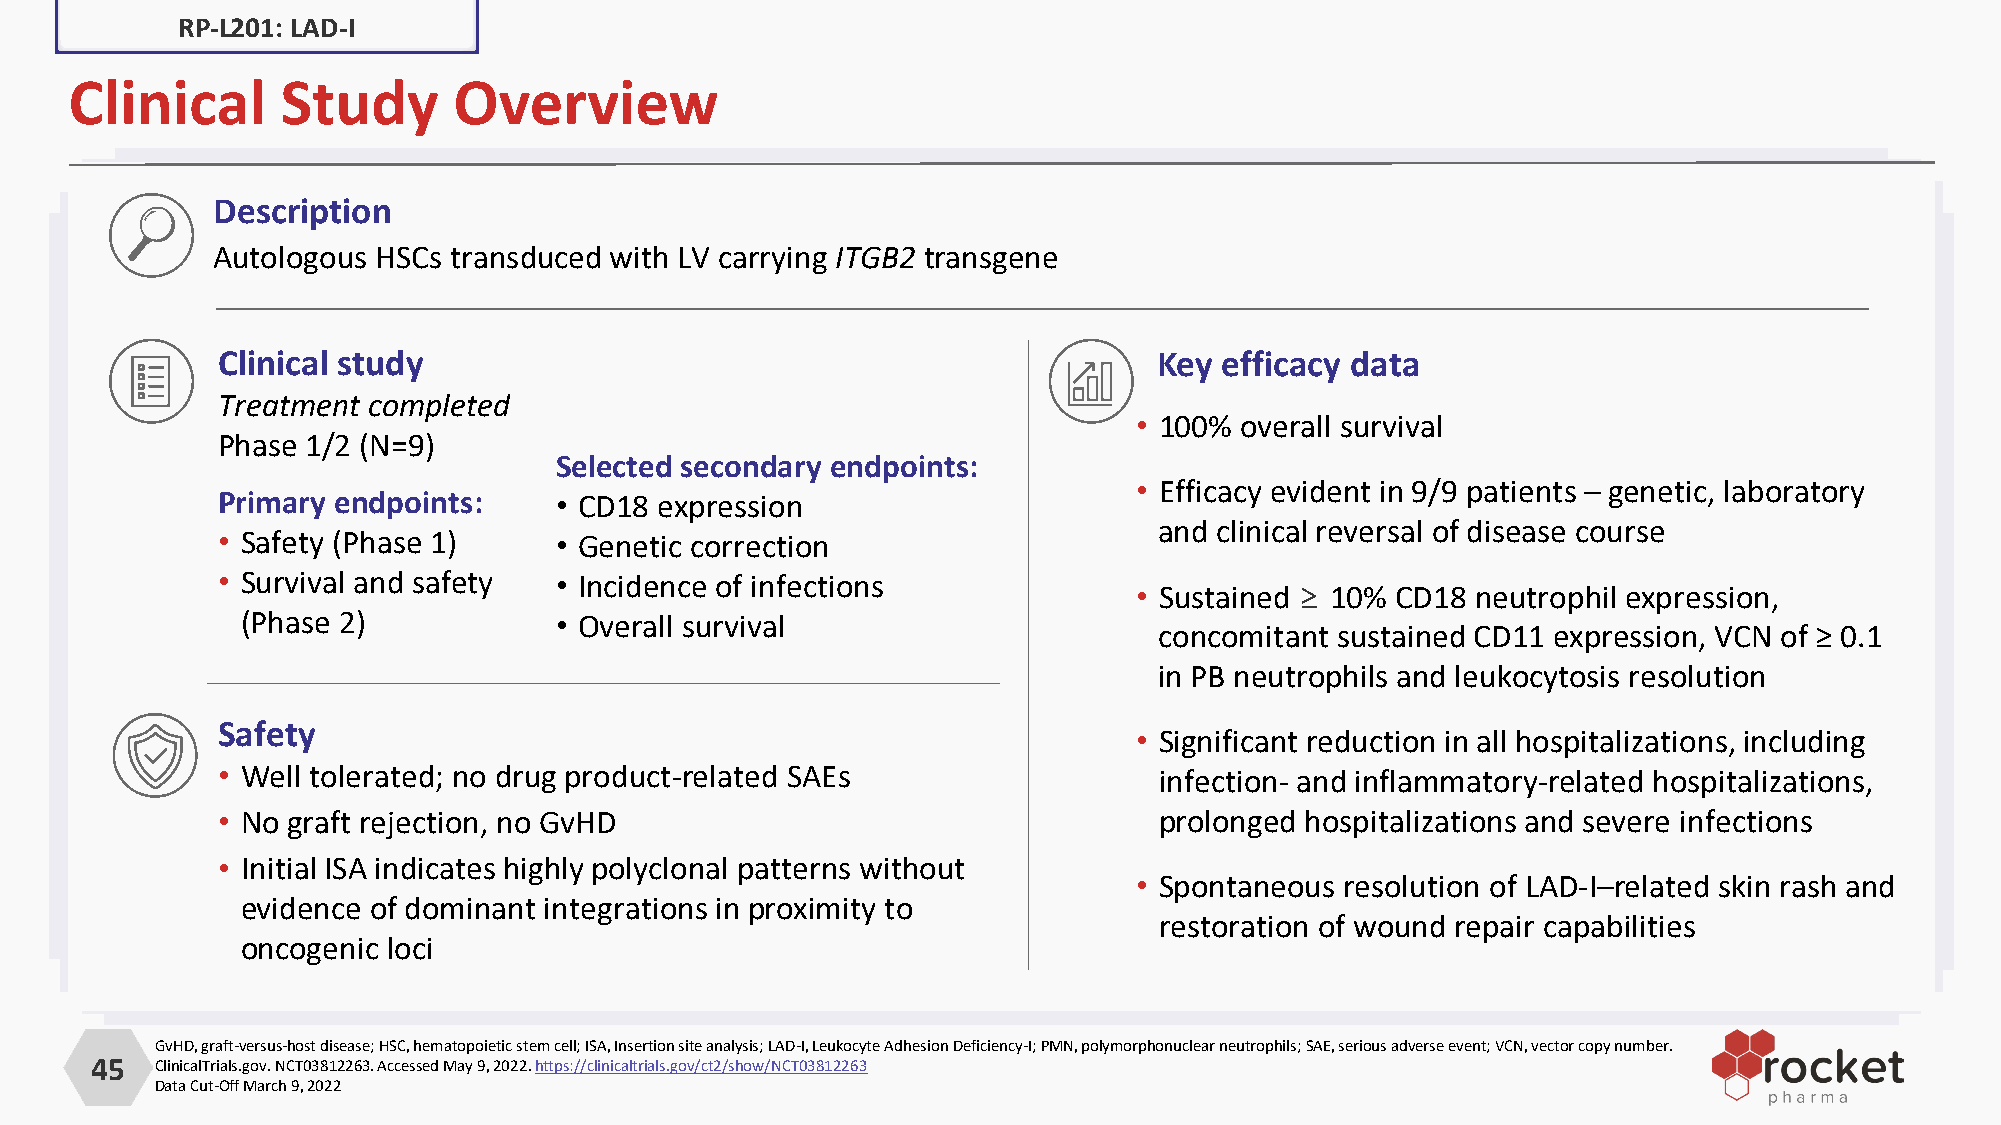
RP-L201: LAD-I
 Clinical      Study      Overview
 Description
 Autologous HSCs transduced with LV carrying ITGB2 transgene
 Clinical study                                                 Key efficacy data
 Treatment completed
 • 100% overall survival
 Phase 1/2 (N=9)
 Selected secondary endpoints:
 • Efficacy evident in 9/9 patients – genetic, laboratory
 Primary endpoints:     • CD18 expression
 and clinical reversal of disease course
 • Safety (Phase 1)     • Genetic correction
 • Survival and safety  • Incidence of infections
 • Sustained ≥ 10% CD18 neutrophil expression,
 (Phase 2)            • Overall survival
 concomitant sustained CD11 expression, VCN of ≥ 0.1
 in PB neutrophils and leukocytosis resolution
 Safety
 • Significant reduction in all hospitalizations, including
 • Well tolerated; no drug product-related SAEs                 infection- and inflammatory-related hospitalizations,
 • No graft rejection, no GvHD                                  prolonged hospitalizations and severe infections
 • Initial ISA indicates highly polyclonal patterns without
 • Spontaneous resolution of LAD-I–related skin rash and
 evidence of dominant integrations in proximity to
 restoration of wound repair capabilities
 oncogenic loci
 GvHD, graft-versus-host disease; HSC, hematopoietic stem cell; ISA, Insertion site analysis; LAD-I, Leukocyte Adhesion Deficiency-I; PMN, polymorphonuclear neutrophils; SAE, serious adverse event; VCN, vector copy number.
 45  ClinicalTrials.gov. NCT03812263. Accessed May 9, 2022. https://clinicaltrials.gov/ct2/show/NCT03812263
 Data Cut-Off March 9, 2022